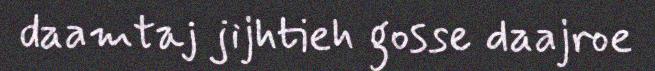
daamtaj jijhtieh gosse daajroe